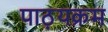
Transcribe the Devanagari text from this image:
पाठ़यक्रम